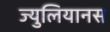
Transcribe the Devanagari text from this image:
ज्युलियानस